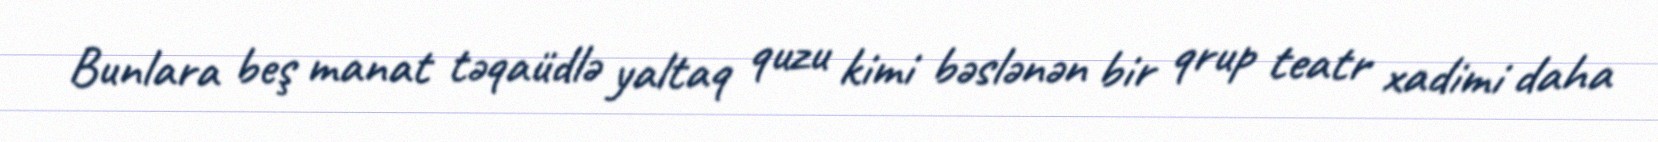
Bunlara beş manat təqaüdlə yaltaq quzu kimi bəslənən bir qrup teatr xadimi daha